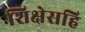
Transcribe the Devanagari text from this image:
शिक्षेसहि